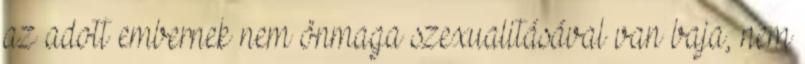
az adott embernek nem önmaga szexualitásával van baja, nem